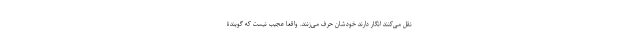
نقل می‌کنند انگار دارند خودشان حرف می‌زنند. واقعا عجیب نیست که گویندۀ